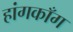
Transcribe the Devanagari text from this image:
हांगकाँग